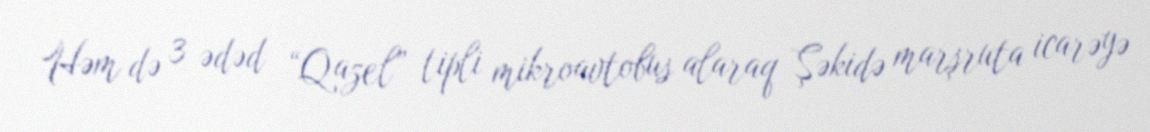
Həm də 3 ədəd “Qazel” tipli mikroavtobus alaraq Şəkidə marşruta icarəyə